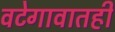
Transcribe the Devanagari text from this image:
वटेगावातही